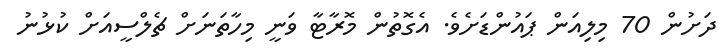
ދަށުން 70 މިލިއަން ޕައުންޑަށެވެ. އެގޮތުން މޮރާޓާ ވަނީ މިހާތަނަށް ޗެލްސީއަށް ކުޅުނު